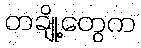
တချို့တွေက